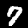
Digit: 7